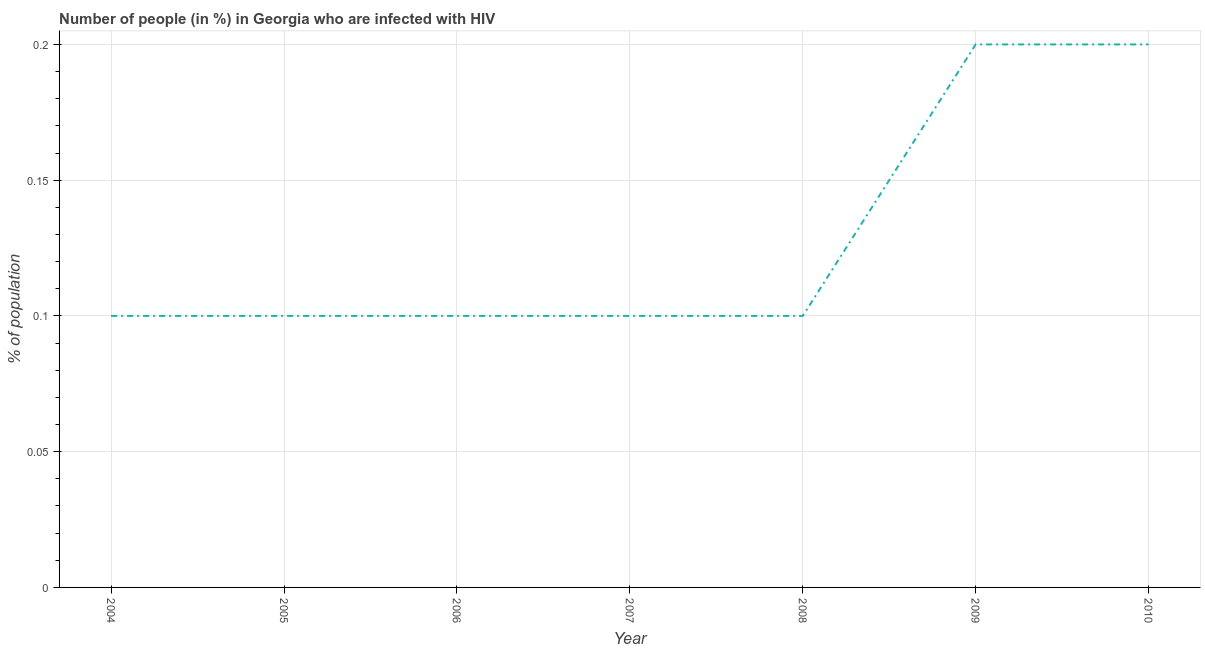
| Year | Infected with HIV |
 | --- | --- |
 | 2004 | 0.1 |
 | 2005 | 0.1 |
 | 2006 | 0.1 |
 | 2007 | 0.1 |
 | 2008 | 0.1 |
 | 2009 | 0.2 |
 | 2010 | 0.2 |